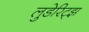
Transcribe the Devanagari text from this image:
लुडेरिट्झ